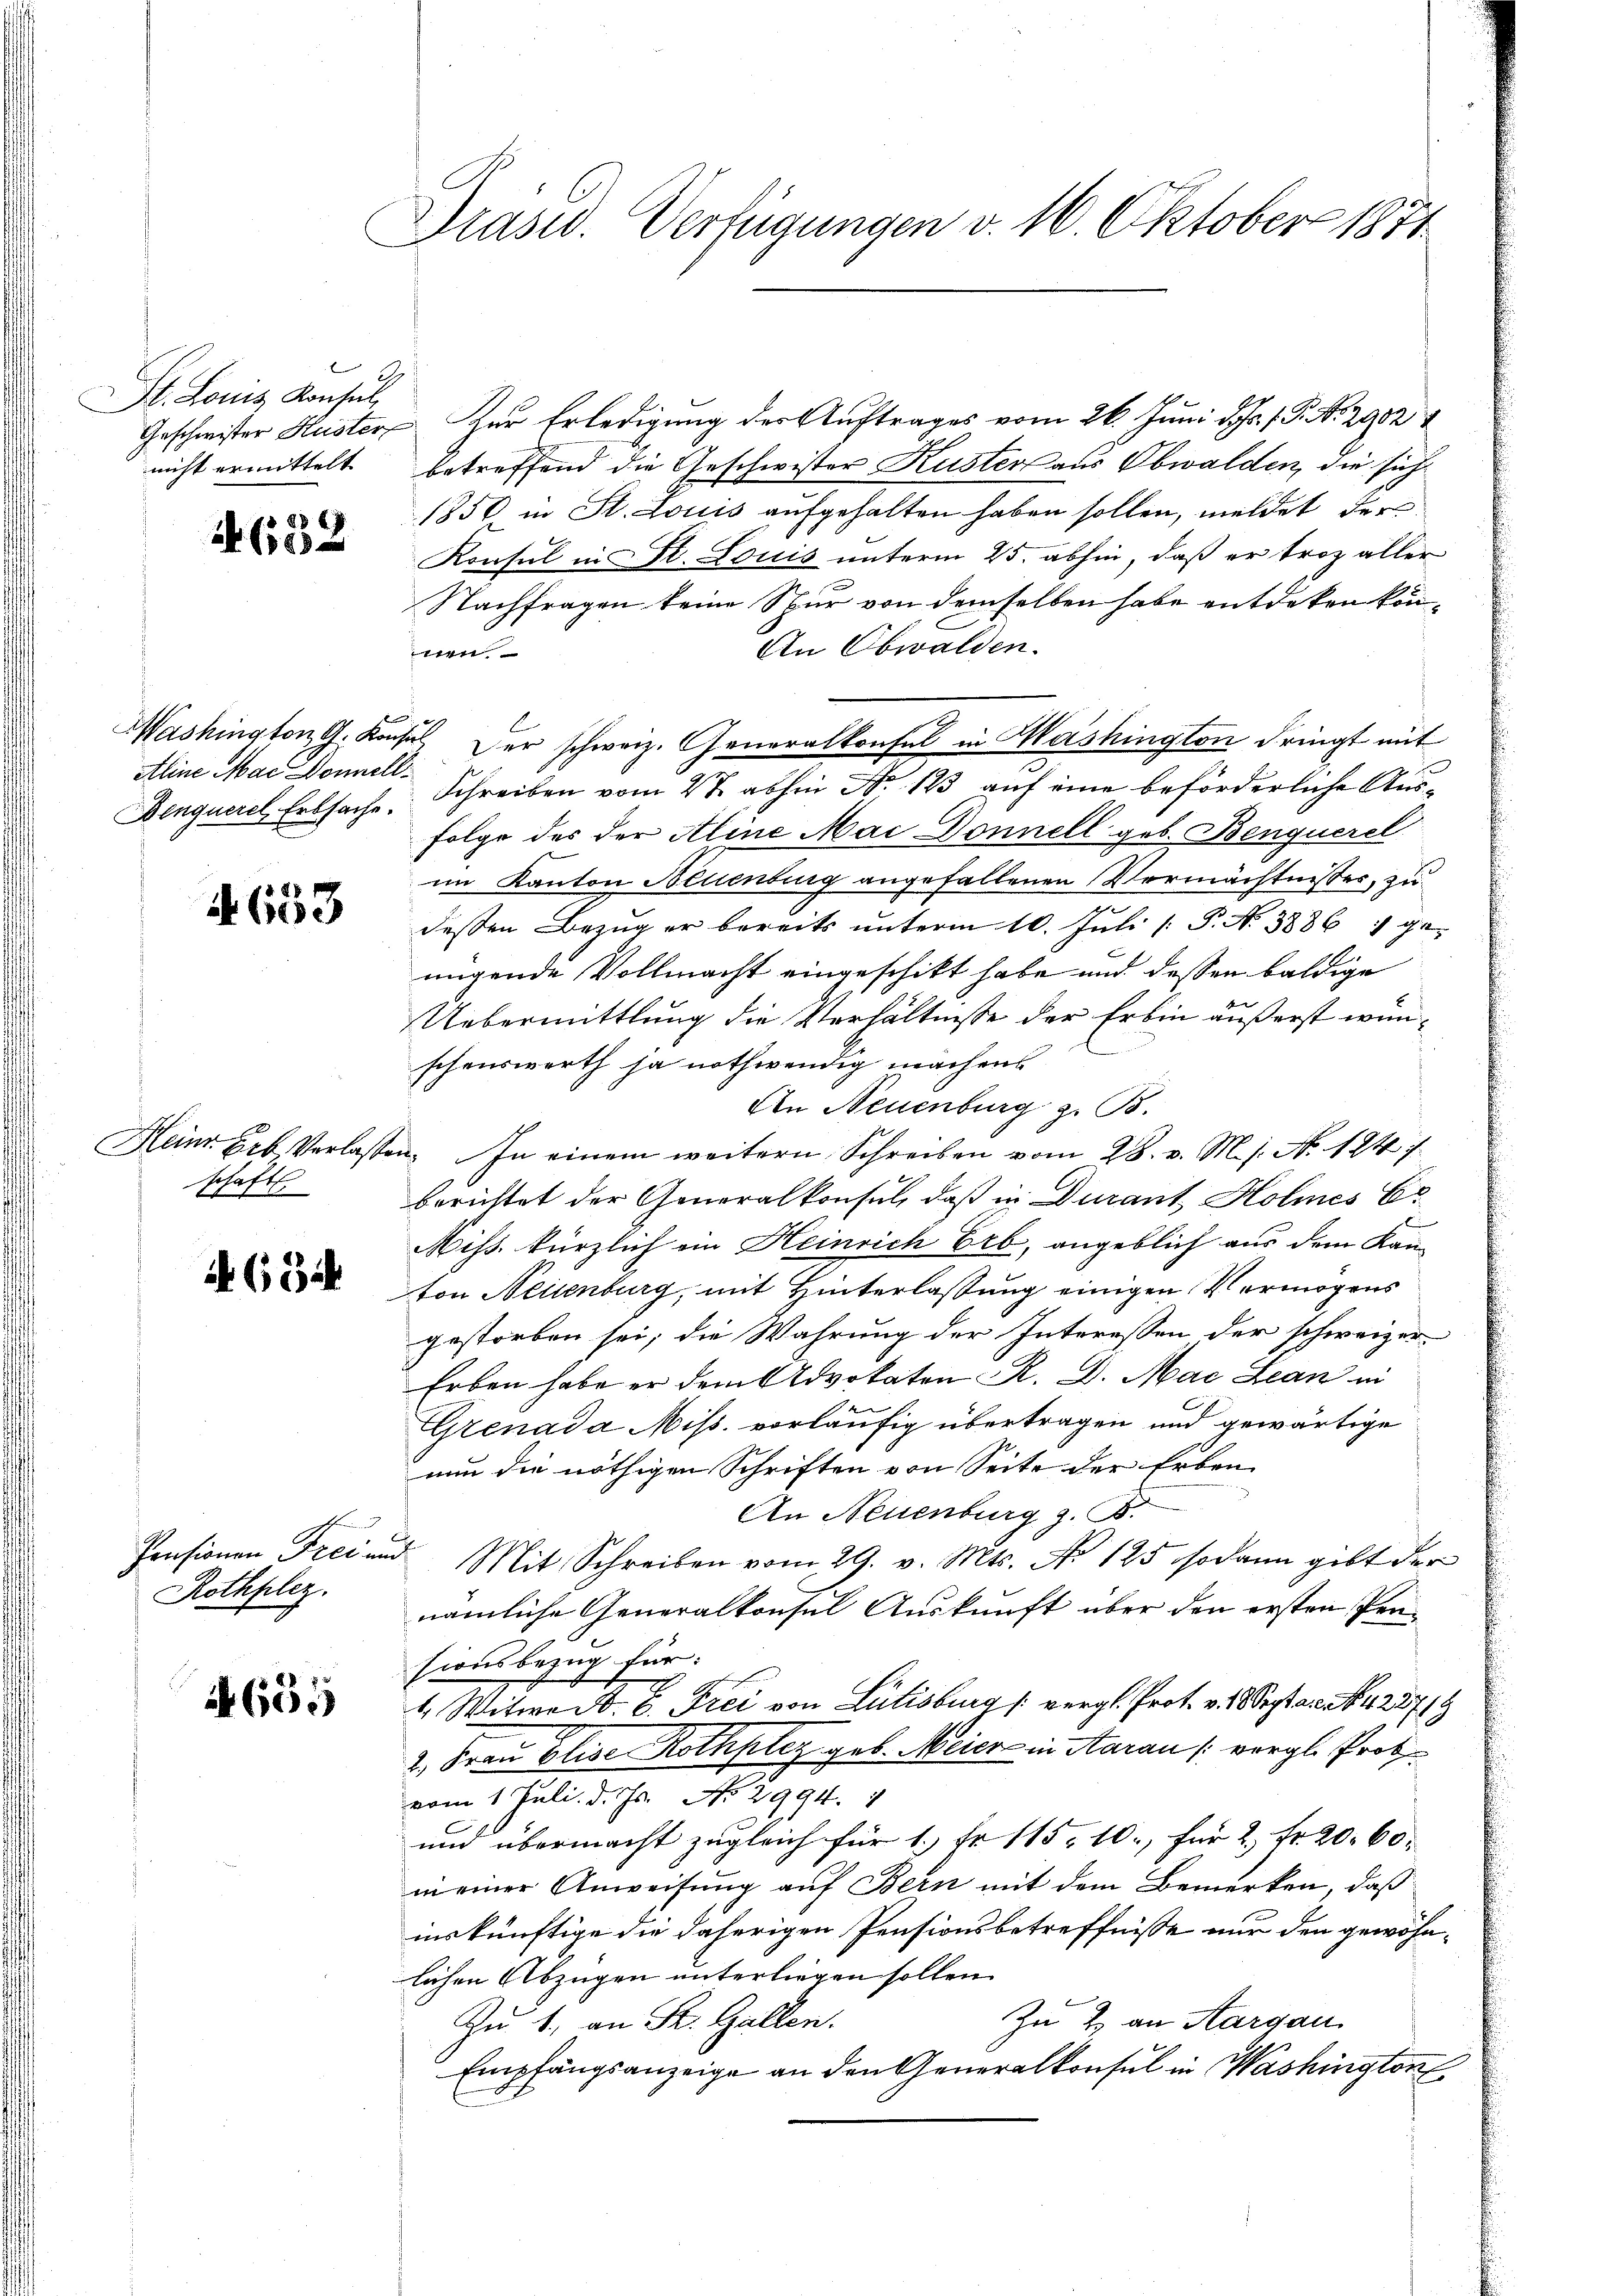
St. Louis Konsul
nicht ermittelt

632

z
Aline Mac Donnell¬

653

schaft

4634

Pensionen Frei un
Rothplez.

655

Drasid. Verfügungen v. 16. Oktober 1871

Geschwister Huster Zur Erledigung der Auftrages vom 26. Juni d. Js. f. P. Nr. 2982
betreffend die Geschwister Kuster aus Obwalden, die sich¬
1850 in St. Louis aufgehalten haben sollen, meldet der
Konsul in St. Louis unterm 25. abhin, daß er troz aller
Nachfragen keine Spur von demselben habe entdeken kön¬
An Obwalden.
t
Mashington G. Konsul der schweiz. Generalkonsul in Washington dringt mit
Denquere Erbsache Schreiben vom 4te abhin Nr. 123 auf eine beförderliche Aus¬
Folge des der Aline Mai Donnell geb. Benquerel
im Kanton Neuenburg angefallenen Vermächtnisses, zu
dessen Bezug er bereits unterm 10. Juli [ P. No 38867 genügende Vollmacht eingeschikt habe und dessen baldige
Uebermittlung die Verhältnisse der Erbin äußerst wünschenswerth ja nothwendig machens
An Neuenburg z. B.
Heinr Eeb Verlassen. In einem weitern Schreiben vom 28. v. M. s. No. 1847
berichtet der Generalkonsul, daß in Ducant Holmnes Er
Miss kürzlich ein Heinrich Erb, angeblich aus dem Kanton Neuenburg, mit Hinterlassung einigen Vermögens
gestorben sei, die Wahrung der Interessen der schweizer
Erben habe er dem Advokaten R. D. Mai Lean in
Grenada Miss. vorläufig übertragen und gewärtige
nun die nöthigen Schriften von Seite der Erben
An Neuenburg z. B.
ach
Mit Schreiben vom 29. v. Mts. No 125 sodann gibt der
nämliche Generalkonsul Auskunft über den ersten Pensionsbezug für:
4. Witwe A. B. Frei von Lilisburg (vergl. Prot. v. Sept an Nr. 28719
2. Frau Elise Rothplaz geb. Meier in Aarau (vergl. Prot
vom 1. Juli d. Js. No 2994. 4
und übermacht zugleich für 1. Fr. 115. 10., für 2 Fr. 20. 60.
in einer Anweisung auf Bern mit dem Bemerken, daß
inskünftige die daherigen Pensionsbetreffnisse nur den gewöhnlichen Abzügen unterliegen sollen.
Zu 2. an Aargau
Zu 1. an Sr. Gallen.
Empfangsanzeige an den Generalkonsul in Washington